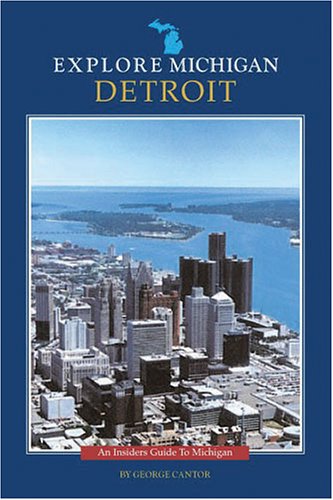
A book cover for Explore Michigan--Detroit; George Cantor; Travel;